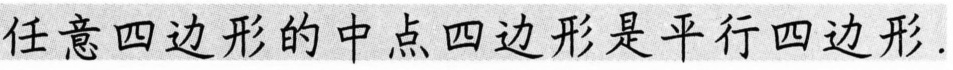
任意四边形的中点四边形是平行四边形.